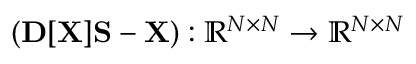
( { \bf D } [ { \bf X } ] { \bf S } - { \bf X } ) : { \mathbb R } ^ { N \times N } \rightarrow { \mathbb R } ^ { N \times N }